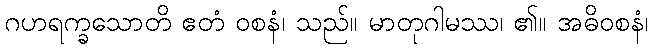
ဂဟရက္ခသောတိ ဧတံ ဝစနံ၊ သည်။ မာတုဂါမဿ၊ ၏။ အဓိဝစနံ၊